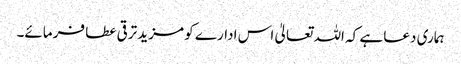
ہماری دعا ہے کہ اللہ تعالیٰ اس ادارے کو مزید ترقی عطا فرمائے۔